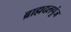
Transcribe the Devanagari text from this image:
ब्राह्मदलपुंज